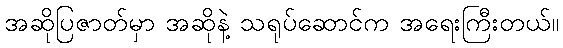
အဆိုပြဇာတ်မှာ အဆိုနဲ့ သရုပ်ဆောင်က အရေးကြီးတယ်။